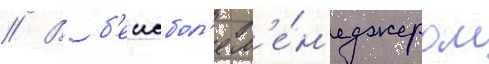
// В б'еисбол'е м'е́н'еджером